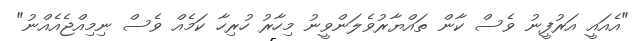
"އެއައީ އަރުފީނު ވެސް ކާން ތައްޔާރުވެލަންވީނު މިހާރު ހުރިހާ ކަމެއް ވެސް ނިމިއްޖެއެއްނު"